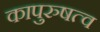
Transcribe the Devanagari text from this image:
कापुरुषत्व